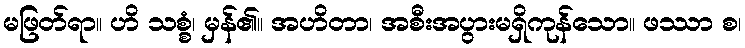
မဖြတ်ရာ။ ဟိ သစ္စံ၊ မှန်၏။ အဟိတာ၊ အစီးအပွားမရှိကုန်သော။ ဖဿာ စ၊